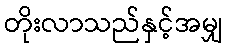
တိုးလာသည်နှင့်အမျှ